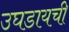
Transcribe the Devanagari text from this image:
उघडायची